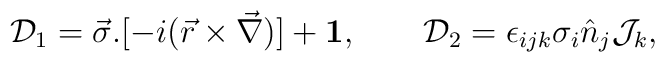
{\cal D}_1 = \vec{\sigma}. [-i(\vec{r} \times \vec{\nabla})] + {\bf1},\qquad {\cal D}_2 = \epsilon_{ijk}\sigma_i \hat{n}_j {\cal J}_k,